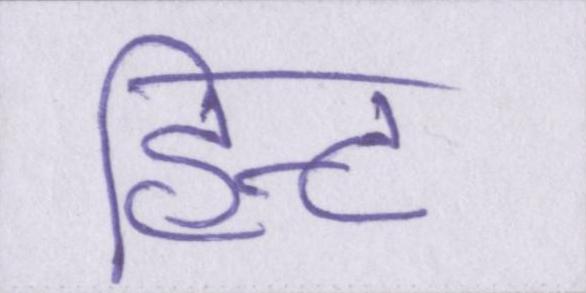
हिन्ट